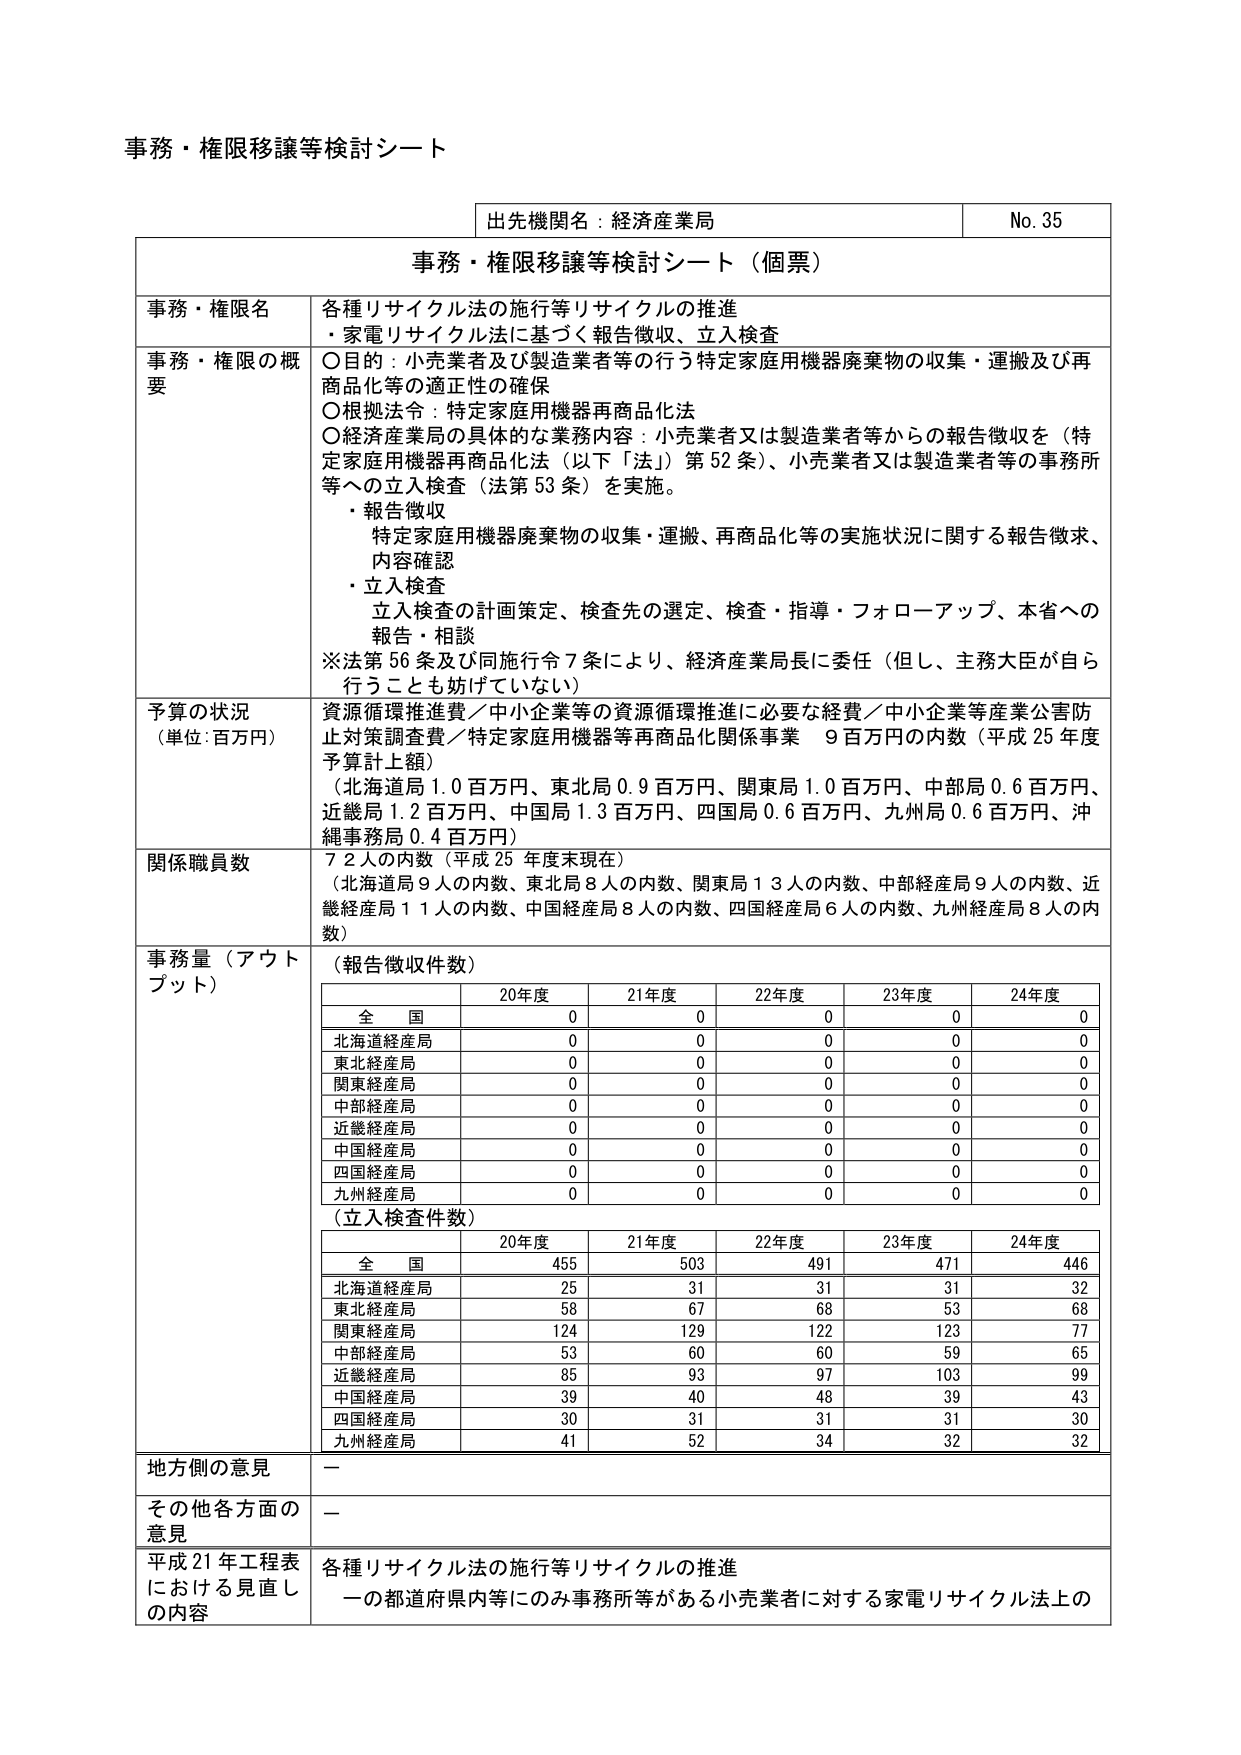
事務・権限移譲等検討シート

出先機関名：経済産業局